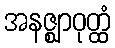
အနဇ္ဈာဝုတ္ထံ